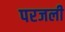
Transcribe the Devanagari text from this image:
परजली